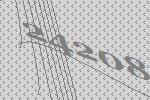
24208